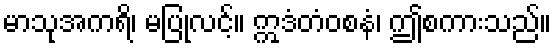
မာသုအကရိ၊ မပြုလင့်။ ဣဒံတံဝစနံ၊ ဤစကားသည်။